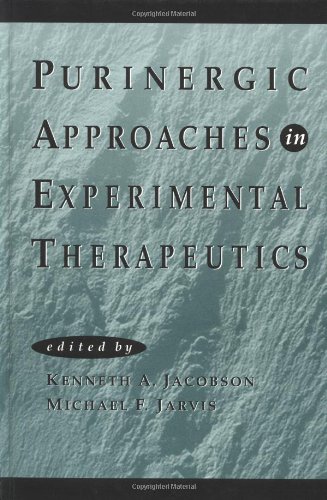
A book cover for Purinergic Approaches in Experimental Therapeutics; Medical Books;